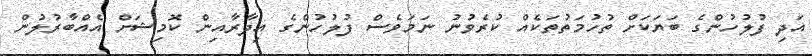
އަދި ފުލުހުންގެ ބަޔަކަށް ތުހުމަތުތަކެއް ކުރެވުނު ނަމަވެސް ފުލުހުންގެ އިދާރާއިން ކޮމިޝަށް އެއްބާރުލުން